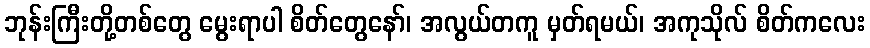
ဘုန်းကြီးတို့တစ်တွေ မွေးရာပါ စိတ်တွေနော်၊ အလွယ်တကူ မှတ်ရမယ်၊ အကုသိုလ် စိတ်ကလေး